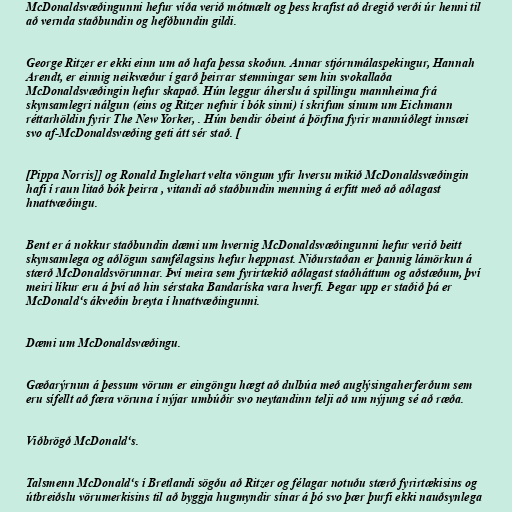
McDonaldsvæðingunni hefur víða verið mótmælt og þess krafist að dregið verði úr henni til
að vernda staðbundin og hefðbundin gildi.

George Ritzer er ekki einn um að hafa þessa skoðun. Annar stjórnmálaspekingur, Hannah
Arendt, er einnig neikvæður í garð þeirrar stemningar sem hin svokallaða
McDonaldsvæðingin hefur skapað. Hún leggur áherslu á spillingu mannheima frá
skynsamlegri nálgun (eins og Ritzer nefnir í bók sinni) í skrifum sínum um Eichmann
réttarhöldin fyrir The New Yorker, . Hún bendir óbeint á þörfina fyrir mannúðlegt innsæi
svo af-McDonaldsvæðing geti átt sér stað. [

[Pippa Norris]] og Ronald Inglehart velta vöngum yfir hversu mikið McDonaldsvæðingin
hafi í raun litað bók þeirra , vitandi að staðbundin menning á erfitt með að aðlagast
hnattvæðingu.

Bent er á nokkur staðbundin dæmi um hvernig McDonaldsvæðingunni hefur verið beitt
skynsamlega og aðlögun samfélagsins hefur heppnast. Niðurstaðan er þannig lámörkun á
stærð McDonaldsvörunnar. Því meira sem fyrirtækið aðlagast staðháttum og aðstæðum, því
meiri líkur eru á því að hin sérstaka Bandaríska vara hverfi. Þegar upp er staðið þá er
McDonald‘s ákveðin breyta í hnattvæðingunni.

Dæmi um McDonaldsvæðingu.

Gæðarýrnun á þessum vörum er eingöngu hægt að dulbúa með auglýsingaherferðum sem
eru sífellt að færa vöruna í nýjar umbúðir svo neytandinn telji að um nýjung sé að ræða.

Viðbrögð McDonald‘s.

Talsmenn McDonald‘s í Bretlandi sögðu að Ritzer og félagar notuðu stærð fyrirtækisins og
útbreiðslu vörumerkisins til að byggja hugmyndir sínar á þó svo þær þurfi ekki nauðsynlega